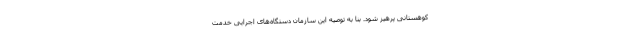
کوهستانی پرهیز شود. بنا به توصیه این سازمان دستگاه‌های اجرایی خدمت